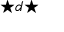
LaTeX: { \star } d { \star }